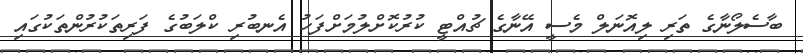
ބާސެލޯނާގެ ތަރި ލިއޮނަލް މެސީ އޭނާގެ ޗުއްޓީ ކުރުކޮށްލުމަށްފަހު އެނބުރި ކްލަބުގެ ފަރިތަކުރުންތަކުގައި